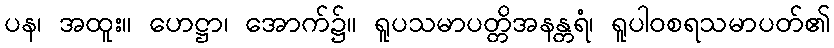
ပန၊ အထူး။ ဟေဋ္ဌာ၊ အောက်၌။ ရူပသမာပတ္တိအနန္တရံ၊ ရူပါဝစရသမာပတ်၏